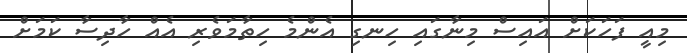
މިއީ ފަހަކަށް އައިސް މިނާގައި ހިނގި އެންމެ ހިތާމަވެރި އެއް ހާދިސާ ކަމަށް